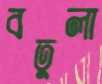
বতুলা